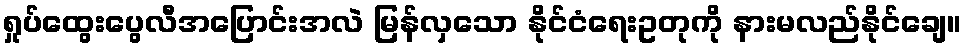
ရှုပ်ထွေးပွေလီအပြောင်းအလဲ မြန်လှသော နိုင်ငံရေးဥတုကို နားမလည်နိုင်ချေ။